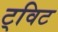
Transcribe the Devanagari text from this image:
ट्‌विट